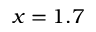
x = 1 . 7